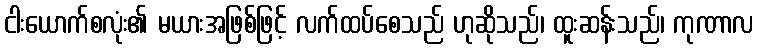
ငါးယောက်စလုံး၏ မယားအဖြစ်ဖြင့် လက်ထပ်စေသည် ဟုဆိုသည်၊ ထူးဆန်းသည်၊ ကုဏာလ